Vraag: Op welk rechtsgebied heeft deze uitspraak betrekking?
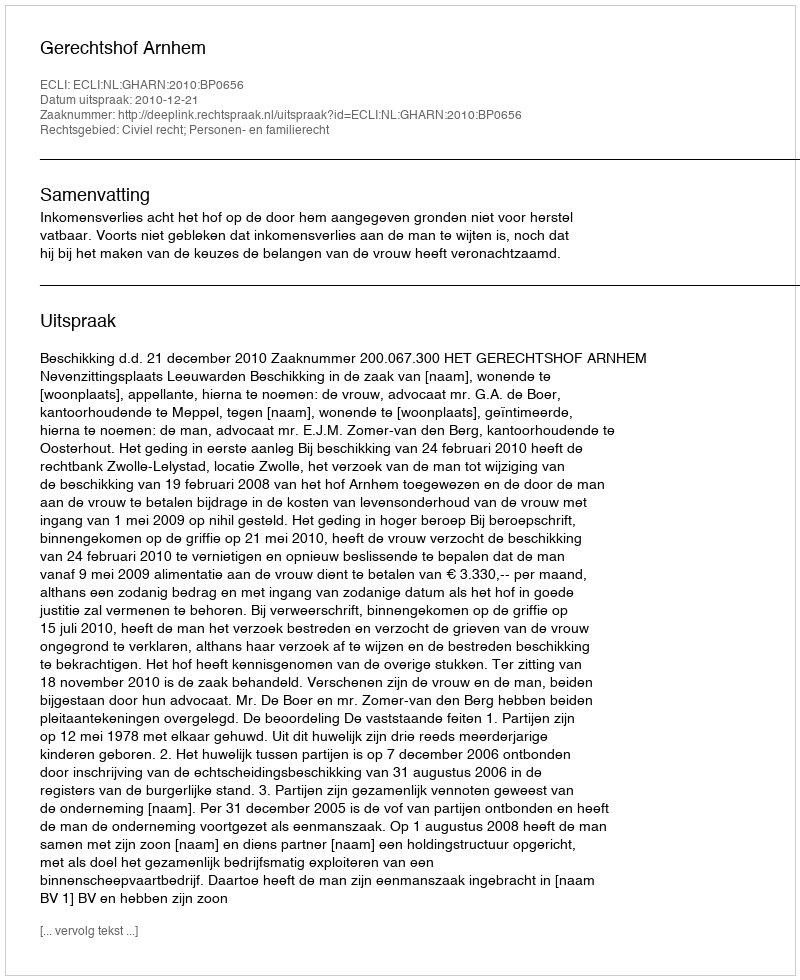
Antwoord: Civiel recht; Personen- en familierecht